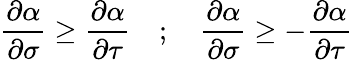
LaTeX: \frac{\partial\alpha}{\partial\sigma}\ge\frac{\partial\alpha}{\partial\tau}\quad;\quad\frac{\partial\alpha}{\partial\sigma}\ge-\frac{\partial\alpha}{\partial\tau}